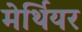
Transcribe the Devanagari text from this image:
मेर्थियर